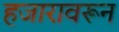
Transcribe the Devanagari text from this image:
हजारावरून